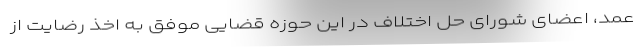
عمد، اعضای شورای حل اختلاف در این حوزه قضایی موفق به اخذ رضایت از